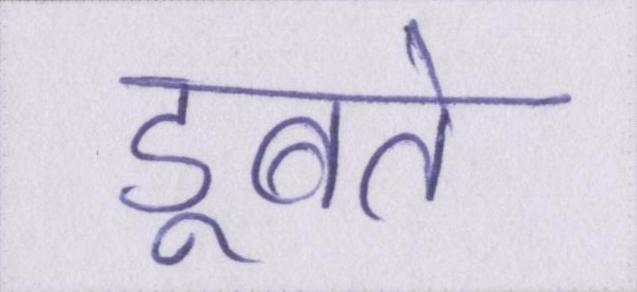
डूबते